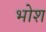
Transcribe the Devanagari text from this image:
भोश